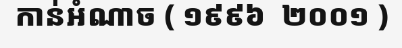
កាន់អំណាច ( ១៩៩៦  ២០០១ )